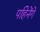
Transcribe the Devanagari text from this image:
पहिनेंगे